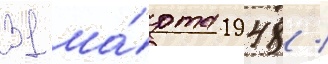
31 ма́рта 1948 /